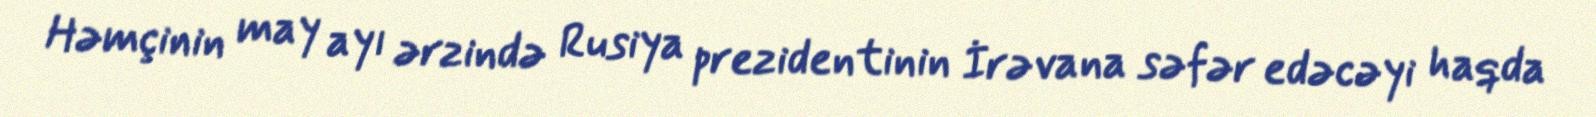
Həmçinin may ayı ərzində Rusiya prezidentinin İrəvana səfər edəcəyi haqda